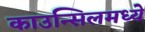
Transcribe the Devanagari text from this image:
काउन्सिलमध्ये